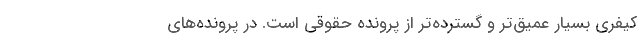
کیفری بسیار عمیق‌تر و گسترده‌تر از پرونده حقوقی است. در پرونده‌های